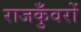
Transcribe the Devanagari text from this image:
राजकुँवरों